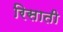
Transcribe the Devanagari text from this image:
रिसाती